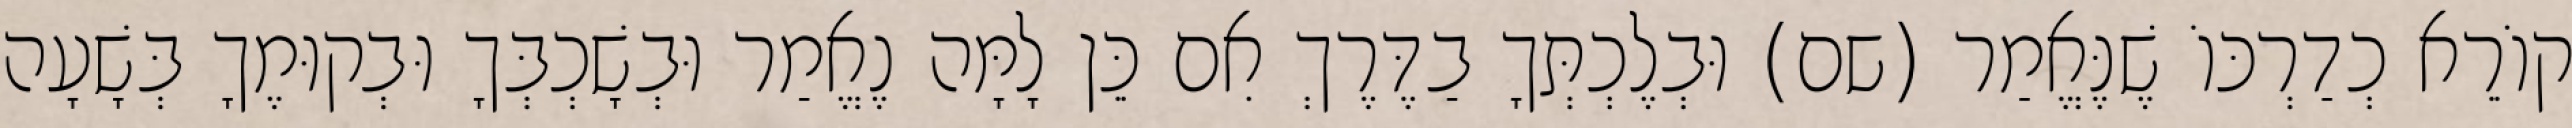
קוֹרֵא כְדַרְכּוֹ שֶׁנֶּאֱמַר (שם) וּבְלֶכְתְּךָ בַדֶּרֶךְ אִם כֵּן לָמָּה נֶאֱמַר וּבְשָׁכְבְּךָ וּבְקוּמֶךָ בְּשָׁעָה